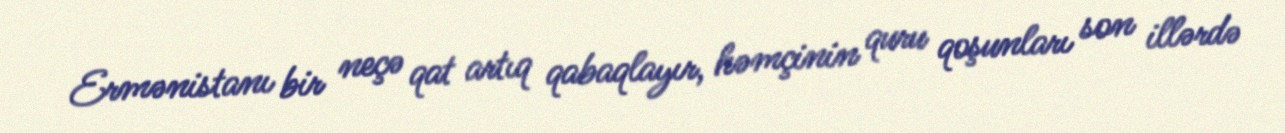
Ermənistanı bir neçə qat artıq qabaqlayır, həmçinin quru qoşunları son illərdə